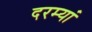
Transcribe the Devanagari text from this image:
दरम्‍यां